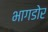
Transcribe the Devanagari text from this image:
भागडोर